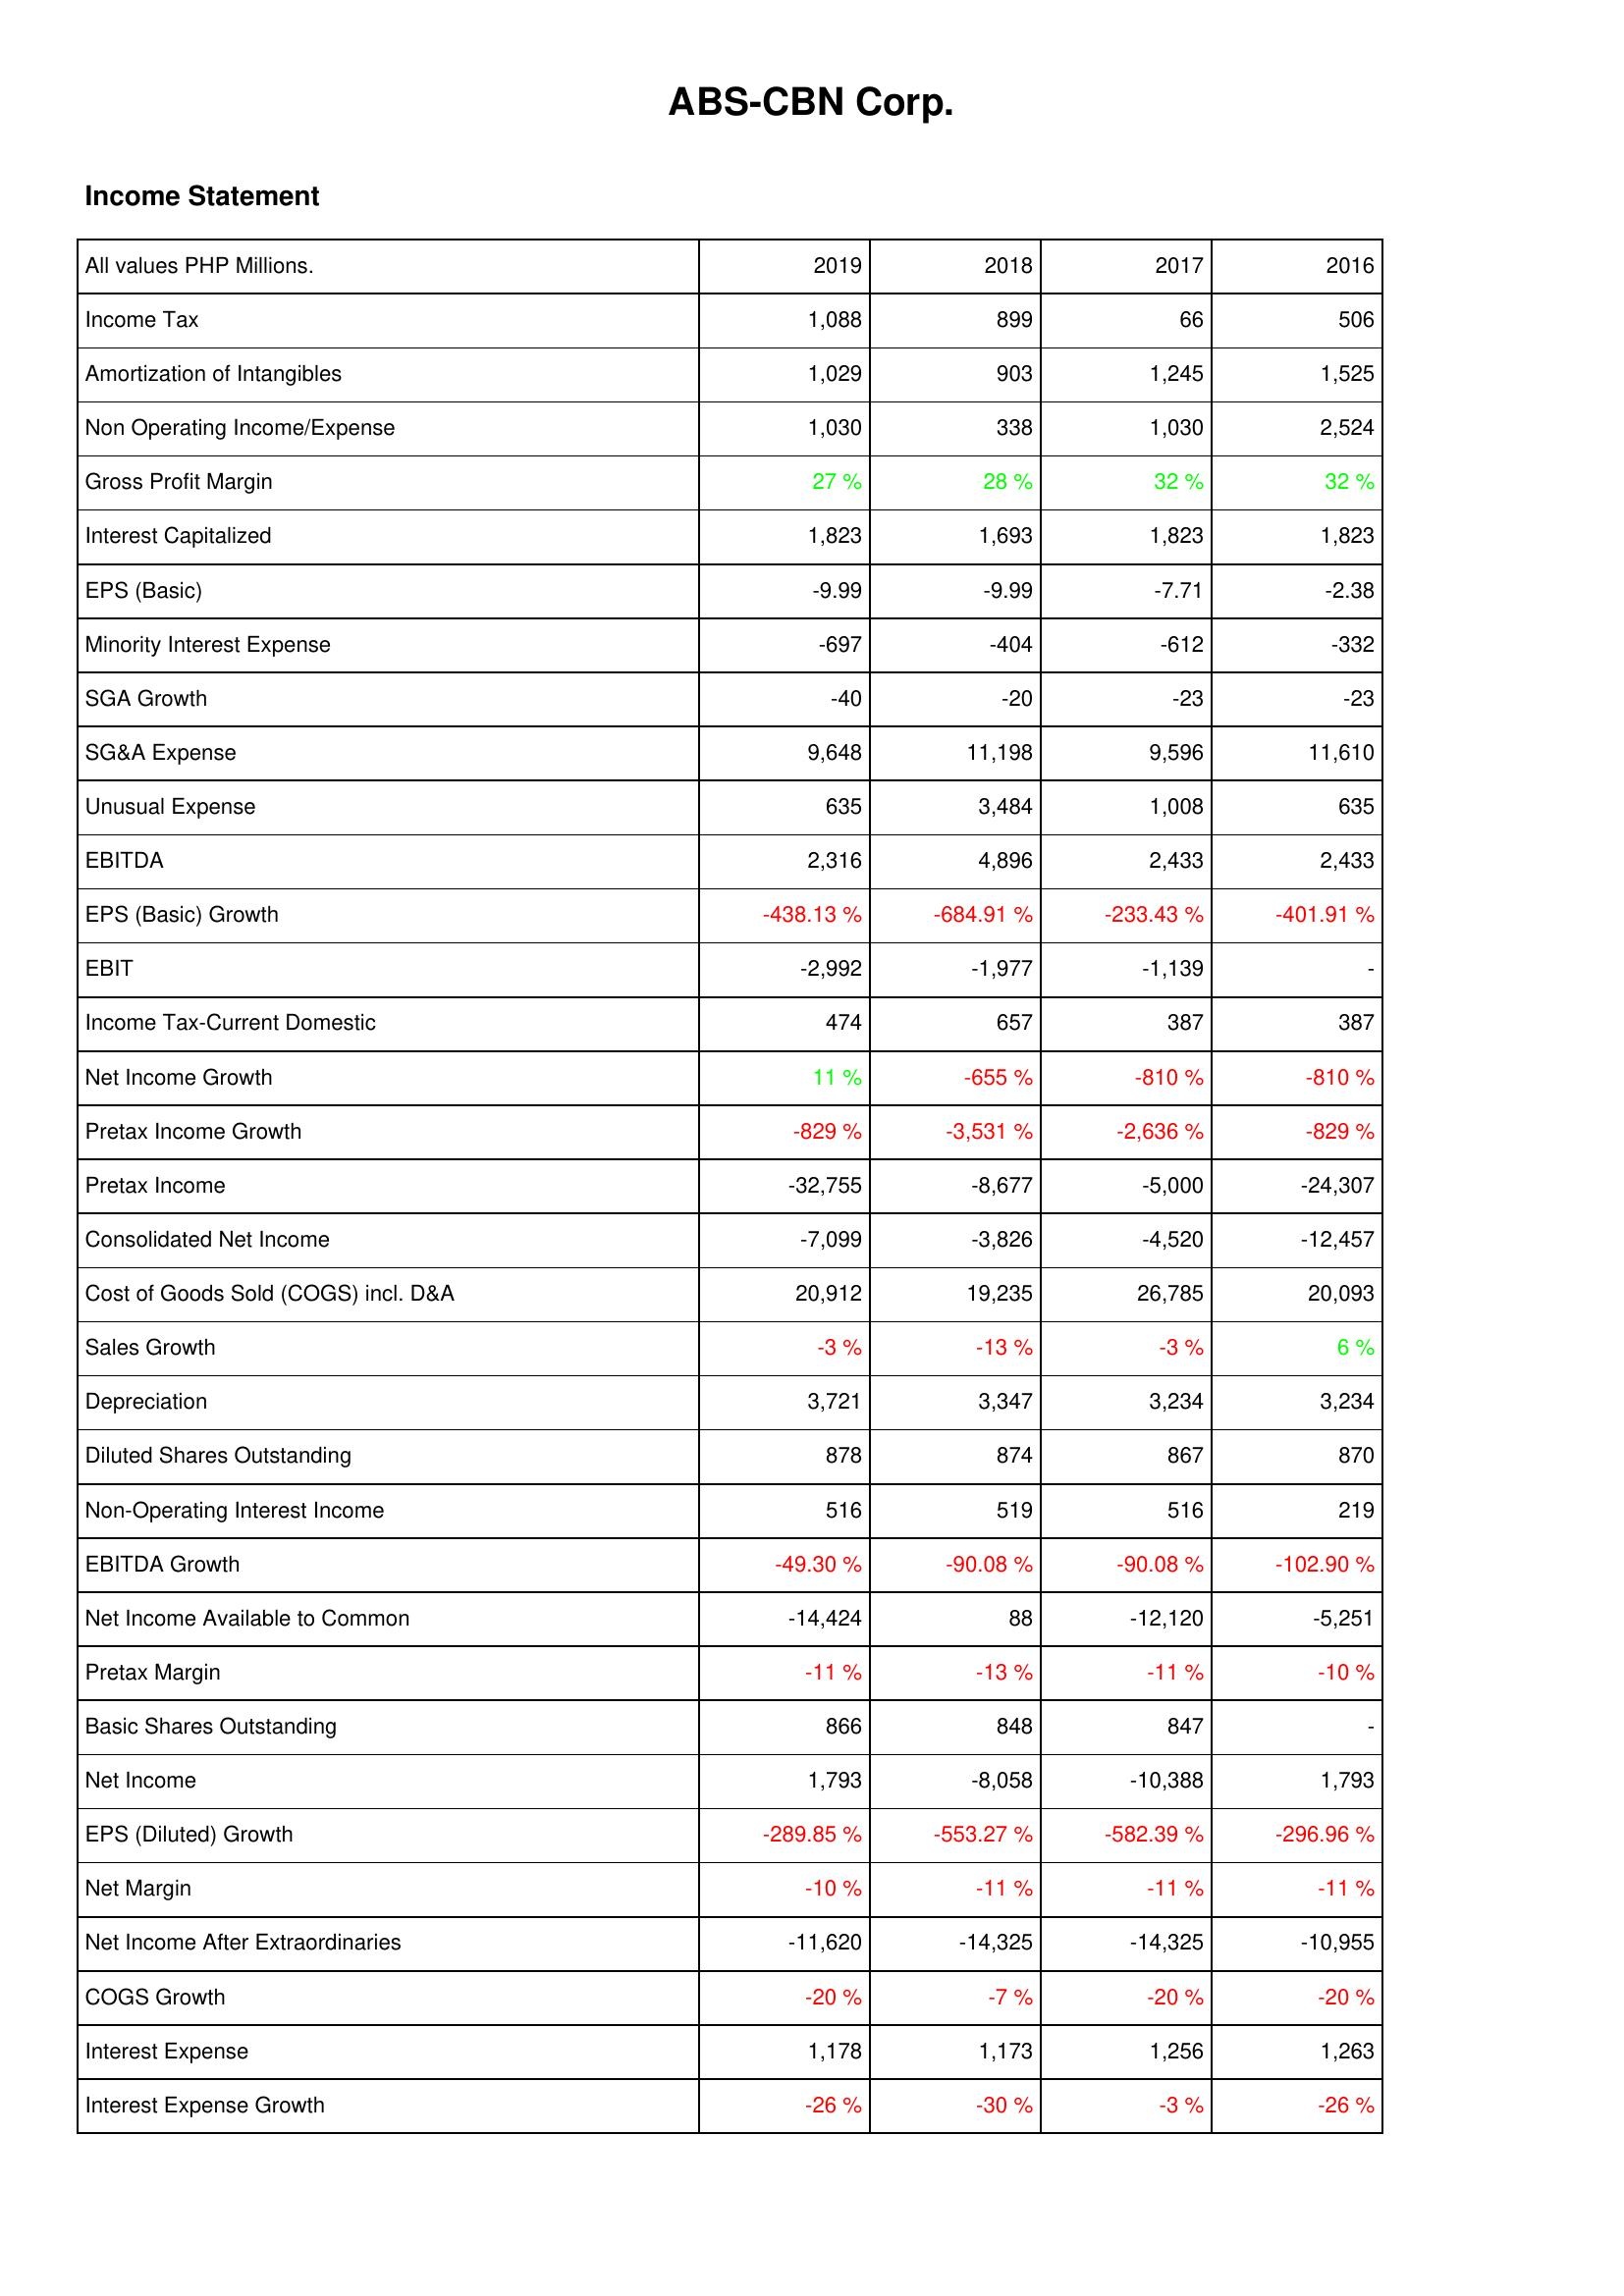
2019: Income Statement: Income Tax: 1,088
Amortization of Intangibles: 1,029
Non Operating Income/Expense: 1,030
Gross Profit Margin: 27 %
Interest Capitalized: 1,823
EPS (Basic): -9.99
Minority Interest Expense: -697
SGA Growth: -40
SG&A Expense: 9,648
Unusual Expense: 635
EBITDA: 2,316
EPS (Basic) Growth: -438.13 %
EBIT: -2,992
Income Tax-Current Domestic: 474
Net Income Growth: 11 %
Pretax Income Growth: -829 %
Pretax Income: -32,755
Consolidated Net Income: -7,099
Cost of Goods Sold (COGS) incl. D&A: 20,912
Sales Growth: -3 %
Depreciation: 3,721
Diluted Shares Outstanding: 878
Non-Operating Interest Income: 516
EBITDA Growth: -49.30 %
Net Income Available to Common: -14,424
Pretax Margin: -11 %
Basic Shares Outstanding: 866
Net Income: 1,793
EPS (Diluted) Growth: -289.85 %
Net Margin: -10 %
Net Income After Extraordinaries: -11,620
COGS Growth: -20 %
Interest Expense: 1,178
Interest Expense Growth: -26 %
2018: Income Statement: Income Tax: 899
Amortization of Intangibles: 903
Non Operating Income/Expense: 338
Gross Profit Margin: 28 %
Interest Capitalized: 1,693
EPS (Basic): -9.99
Minority Interest Expense: -404
SGA Growth: -20
SG&A Expense: 11,198
Unusual Expense: 3,484
EBITDA: 4,896
EPS (Basic) Growth: -684.91 %
EBIT: -1,977
Income Tax-Current Domestic: 657
Net Income Growth: -655 %
Pretax Income Growth: -3,531 %
Pretax Income: -8,677
Consolidated Net Income: -3,826
Cost of Goods Sold (COGS) incl. D&A: 19,235
Sales Growth: -13 %
Depreciation: 3,347
Diluted Shares Outstanding: 874
Non-Operating Interest Income: 519
EBITDA Growth: -90.08 %
Net Income Available to Common: 88
Pretax Margin: -13 %
Basic Shares Outstanding: 848
Net Income: -8,058
EPS (Diluted) Growth: -553.27 %
Net Margin: -11 %
Net Income After Extraordinaries: -14,325
COGS Growth: -7 %
Interest Expense: 1,173
Interest Expense Growth: -30 %
2017: Income Statement: Income Tax: 66
Amortization of Intangibles: 1,245
Non Operating Income/Expense: 1,030
Gross Profit Margin: 32 %
Interest Capitalized: 1,823
EPS (Basic): -7.71
Minority Interest Expense: -612
SGA Growth: -23
SG&A Expense: 9,596
Unusual Expense: 1,008
EBITDA: 2,433
EPS (Basic) Growth: -233.43 %
EBIT: -1,139
Income Tax-Current Domestic: 387
Net Income Growth: -810 %
Pretax Income Growth: -2,636 %
Pretax Income: -5,000
Consolidated Net Income: -4,520
Cost of Goods Sold (COGS) incl. D&A: 26,785
Sales Growth: -3 %
Depreciation: 3,234
Diluted Shares Outstanding: 867
Non-Operating Interest Income: 516
EBITDA Growth: -90.08 %
Net Income Available to Common: -12,120
Pretax Margin: -11 %
Basic Shares Outstanding: 847
Net Income: -10,388
EPS (Diluted) Growth: -582.39 %
Net Margin: -11 %
Net Income After Extraordinaries: -14,325
COGS Growth: -20 %
Interest Expense: 1,256
Interest Expense Growth: -3 %
2016: Income Statement: Income Tax: 506
Amortization of Intangibles: 1,525
Non Operating Income/Expense: 2,524
Gross Profit Margin: 32 %
Interest Capitalized: 1,823
EPS (Basic): -2.38
Minority Interest Expense: -332
SGA Growth: -23
SG&A Expense: 11,610
Unusual Expense: 635
EBITDA: 2,433
EPS (Basic) Growth: -401.91 %
EBIT: -
Income Tax-Current Domestic: 387
Net Income Growth: -810 %
Pretax Income Growth: -829 %
Pretax Income: -24,307
Consolidated Net Income: -12,457
Cost of Goods Sold (COGS) incl. D&A: 20,093
Sales Growth: 6 %
Depreciation: 3,234
Diluted Shares Outstanding: 870
Non-Operating Interest Income: 219
EBITDA Growth: -102.90 %
Net Income Available to Common: -5,251
Pretax Margin: -10 %
Basic Shares Outstanding: -
Net Income: 1,793
EPS (Diluted) Growth: -296.96 %
Net Margin: -11 %
Net Income After Extraordinaries: -10,955
COGS Growth: -20 %
Interest Expense: 1,263
Interest Expense Growth: -26 %